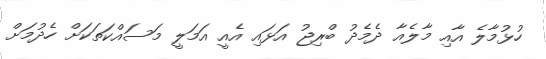
ހުޅުމާލެ އާއި މާލެއާ ދެމެދު ބްރިޖު އަޅައި އެއީ އަމަލީ މަސައްކަތަކަށް ހެދުމަށް